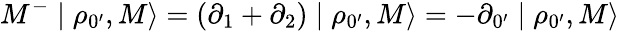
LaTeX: M^{-}\mid\rho_{0^{\prime}},M\rangle=(\partial_{1}+\partial_{2})\mid\rho_{0^{\prime}},M\rangle=-\partial_{0^{\prime}}\mid\rho_{0^{\prime}},M\rangle